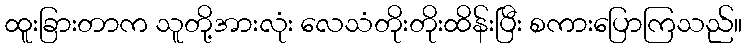
ထူးခြားတာက သူတို့အားလုံး လေသံတိုးတိုးထိန်းပြီး စကားပြောကြသည်။